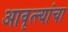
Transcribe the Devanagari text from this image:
आवृत्त्यांचा